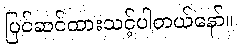
ပြင်ဆင်ထားသင့်ပါတယ်နော်။